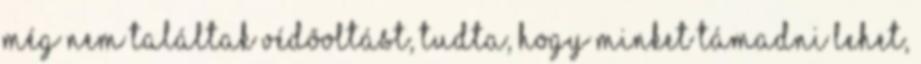
még nem találtak védõoltást, tudta, hogy minket támadni lehet,